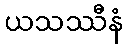
ယသဿီနံ